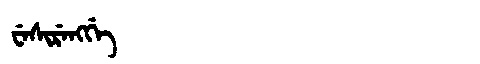
Manchu: ᠸᡝᠰᡳᡵᡝᠩᡤᡝ
Romanization: WESIRENGGE